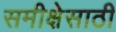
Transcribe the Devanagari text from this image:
समीक्षेसाठी